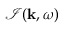
\mathcal { I } ( { \bf k } , \omega )